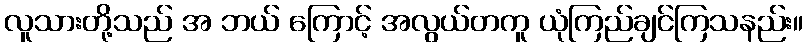
လူသားတို့သည် အ ဘယ် ကြောင့် အလွယ်တကူ ယုံကြည်ချင်ကြသနည်း။